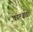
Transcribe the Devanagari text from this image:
काल्ज़ाडा